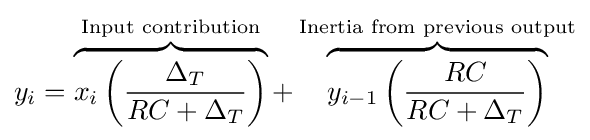
y_{i}=\overbrace {x_{i}\left({\frac {\Delta _{T}}{RC+\Delta _{T}}}\right)} ^{\text{Input contribution}}+\overbrace {y_{i-1}\left({\frac {RC}{RC+\Delta _{T}}}\right)} ^{\text{Inertia from previous output}}